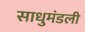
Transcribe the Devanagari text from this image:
साधुमंडली